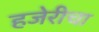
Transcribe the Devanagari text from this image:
हजेरीचा